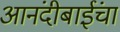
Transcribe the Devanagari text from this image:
आनंदीबाईंचा